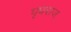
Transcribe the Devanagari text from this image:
घृधराज